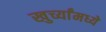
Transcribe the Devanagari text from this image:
खुर्च्यांमध्ये